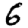
Digit: 6